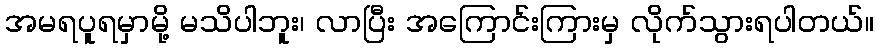
အမရပူရမှာမို့ မသိပါဘူး၊ လာပြီး အကြောင်းကြားမှ လိုက်သွားရပါတယ်။